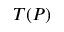
T ( P )